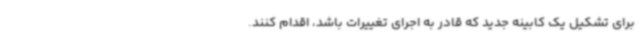
برای تشکیل یک کابینه جدید که قادر به اجرای تغییرات باشد، اقدام کنند.